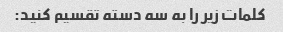
کلمات زیر را به سه دسته تقسیم کنید: